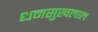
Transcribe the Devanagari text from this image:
धनसुखलाल